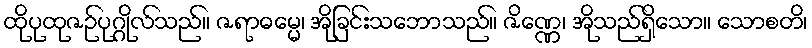
ထိုပုထုဇဉ်ပုဂ္ဂိုလ်သည်။ ဇရာဓမ္မေ၊ အိုခြင်းသဘောသည်။ ဇိဏ္ဏေ၊ အိုသည်ရှိသော။ သောစတိ၊